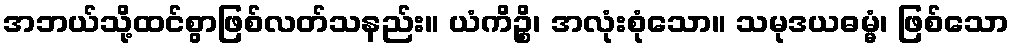
အဘယ်သို့ထင်စွာဖြစ်လတ်သနည်း။ ယံကိဉ္စိ၊ အလုံးစုံသော။ သမုဒယဓမ္မံ၊ ဖြစ်သော